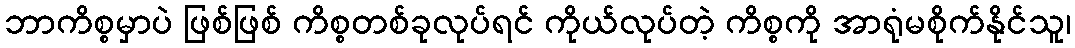
ဘာကိစ္စမှာပဲ ဖြစ်ဖြစ် ကိစ္စတစ်ခုလုပ်ရင် ကိုယ်လုပ်တဲ့ ကိစ္စကို အာရုံမစိုက်နိုင်သူ၊